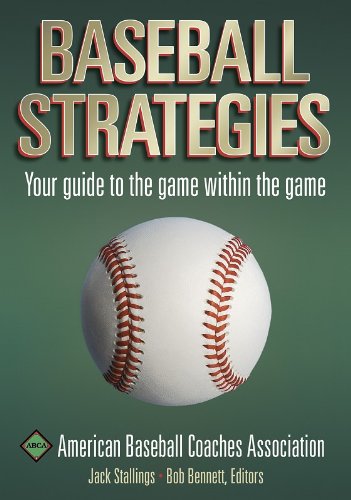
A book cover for Baseball Strategies; Medical Books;